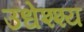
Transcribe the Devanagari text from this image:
उधेश्श्य